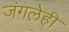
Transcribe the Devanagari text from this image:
जंगलेही